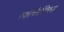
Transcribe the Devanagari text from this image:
स्कॉर्चर्सविरुद्ध